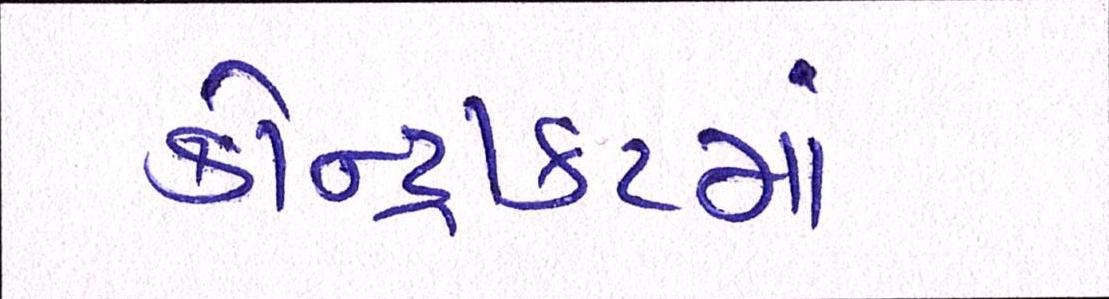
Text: કોન્ટ્રાકટમાં